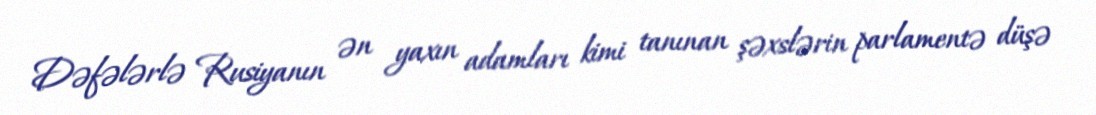
Dəfələrlə Rusiyanın ən yaxın adamları kimi tanınan şəxslərin parlamentə düşə